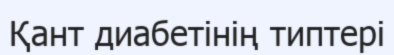
Қант диабетінің типтері